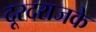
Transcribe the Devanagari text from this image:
दूरदराजके